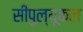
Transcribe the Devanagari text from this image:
सीपुल्यूकल